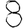
Digit: 8